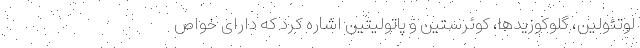
لوتئولین، گلوکوزید‌ها، کوئرستین و پاتولیتین اشاره کرد که دارای خواص